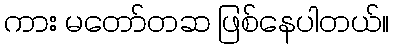
ကား မတော်တဆ ဖြစ်နေပါတယ်။